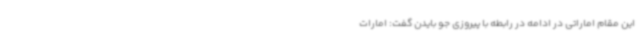
این مقام اماراتی در ادامه در رابطه با پیروزی جو بایدن گفت: امارات